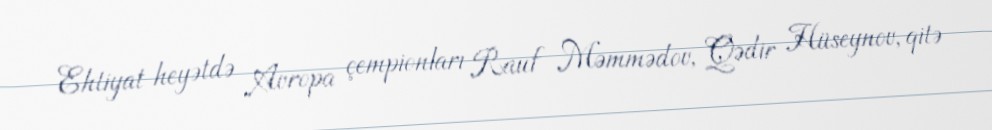
Ehtiyat heyətdə Avropa çempionları Rauf Məmmədov, Qədir Hüseynov, qitə